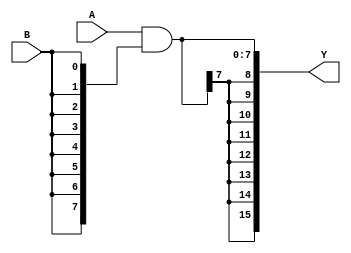
module and_signed_mult #
	(
	parameter N=8
	)
	(
	input [N-1:0] A,
	input B,
	output [2*N-1:0] Y
	);

wire [N-1:0] B_pad,Y_pad;
assign B_pad = {8{B}};
assign Y_pad = A&B_pad;
assign Y = {{8{Y_pad[7]}},Y_pad};

endmodule